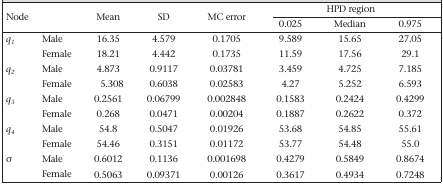
<table><thead><tr><td rowspan="2"><b>Node</b></td><td rowspan="2"><b>Mean</b></td><td rowspan="2"><b>SD</b></td><td rowspan="2"><b>MC error</b></td><td colspan="3"><b>HPD region</b></td></tr><tr><td><b>0.025</b></td><td><b>Median</b></td><td><b>0.975</b></td></tr></thead><tbody><tr><td><i>q<sub>1</sub></i></td><td>Male</td><td>16.35</td><td>4.579</td><td>0.1705</td><td>9.589</td><td>15.65</td><td>27.05</td></tr><tr><td></td><td>Female</td><td>18.21</td><td>4.442</td><td>0.1735</td><td>11.59</td><td>17.56</td><td>29.1</td></tr><tr><td><i>q<sub>2</sub></i></td><td>Male</td><td>4.873</td><td>0.9117</td><td>0.03781</td><td>3.459</td><td>4.725</td><td>7.185</td></tr><tr><td></td><td>Female</td><td>5.308</td><td>0.6038</td><td>0.02583</td><td>4.27</td><td>5.252</td><td>6.593</td></tr><tr><td><i>q<sub>3</sub></i></td><td>Male</td><td>0.2561</td><td>0.06799</td><td>0.002848</td><td>0.1583</td><td>0.2424</td><td>0.4299</td></tr><tr><td></td><td>Female</td><td>0.268</td><td>0.0471</td><td>0.00204</td><td>0.1887</td><td>0.2622</td><td>0.372</td></tr><tr><td><i>q<sub>4</sub></i></td><td>Male</td><td>54.8</td><td>0.5047</td><td>0.01926</td><td>53.68</td><td>54.85</td><td>55.61</td></tr><tr><td></td><td>Female</td><td>54.46</td><td>0.3151</td><td>0.01172</td><td>53.77</td><td>54.48</td><td>55.0</td></tr><tr><td>σ</td><td>Male</td><td>0.6012</td><td>0.1136</td><td>0.001698</td><td>0.4279</td><td>0.5849</td><td>0.8674</td></tr><tr><td></td><td>Female</td><td>0.5063</td><td>0.09371</td><td>0.00126</td><td>0.3617</td><td>0.4934</td><td>0.7248</td></tr></tbody></table>